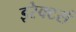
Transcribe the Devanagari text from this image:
इरेक्टर्स